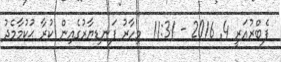
ފެބްރުއަރީ 4